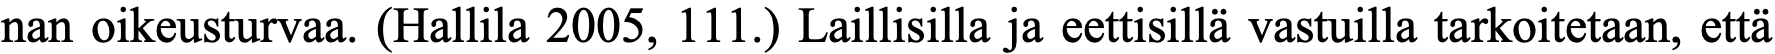
nan oikeusturvaa. (Hallila 2005, 111.) Laillisilla ja eettisillä vastuilla tarkoitetaan, että